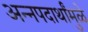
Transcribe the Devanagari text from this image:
अन्नपदार्थांमुळे